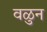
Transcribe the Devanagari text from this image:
वळुन